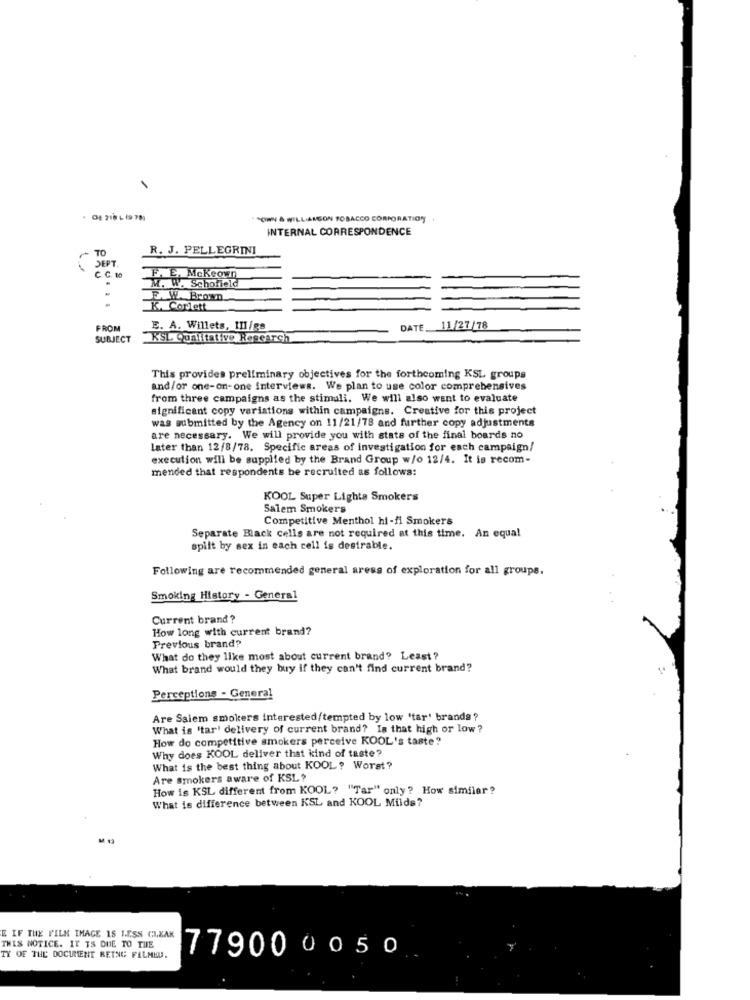
SOWN & WILLIAMSON TOBACCO CORPORATION
INTERNAL CORRESPONDENCE
TO
R. J. PELLEGRINI
SEPT.
C. C. 10
F. E. Mckeown
M. W. Schofield
F. W. Brown
K. Corlett
FROM
E. A. Willets, III/gs
DATE. 11/27/78
SUBJECT
KSL Qualitative Research
This provides preliminary objectives for the forthcoming KSL groups
and/or one-on-one interviews. We plan to use color comprehensives
from three campaigns as the stimuli. We will also want to evaluate
significant copy variations within campaigns. Creative for this project
was submitted by the Agency on 11/21/78 and further copy adjustments
are necessary. We will provide you with state of the final boards no
later than 12/8/78. Specific areas of investigation for each campaign/
execution will be supplied by the Brand Group w/o 12/4. It is recom-
mended that respondents be recruited as follows:
KOOL Super Lights Smokers
Salem Smokers
Competitive Menthol hi-fi Smokers
Separate Black cells are not required at this time. An equal
spilt by sex in each cell is desirable.
Following are recommended general aress of exploration for all groups.
Smoking History - General
Current brand?
How long with current brand?
Previous brand?
What do they like most about current brand? Least?
What brand would they buy if they can't find current brand?
Perceptions - General
Are Salem smokers interested/tempted by low 'tar' brands ?
What is 'tar' delivery of current brand? Is that high or low?
How do competitive smokers perceive KOOL's taste?
Why does KOOL deliver that kind of taste?
What is the best thing about KOOL ? Worst?
Are smokers aware of KSL?
How is KSL different from KOOL? "Tar" only ? How similar ?
What is difference between KSL and KOOL Milds?
E IF THE FILM IMAGE 18 I.E.SS CLEAR
THIS NOTICE. IT IS DUE TO THE
779000050
TY OF THE DOCUMENT BEING FILMEU.